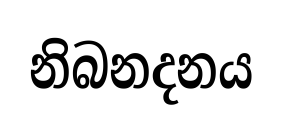
නිබනදනය